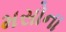
મસોના